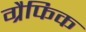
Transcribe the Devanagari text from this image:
ग्रैफिक